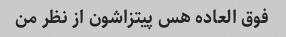
فوق العاده هس پیتزاشون از نظر من